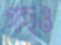
গাছও